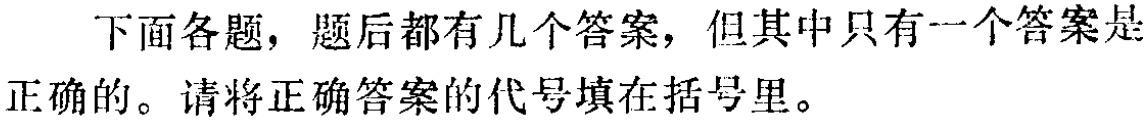
下面各题，题后都有几个答案，但其中只有一个答案是正确的。请将正确答案的代号填在括号里。